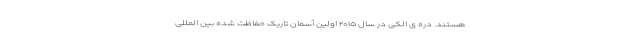
هستند. دره ی الکی در سال ۲۰۱۵ اولین آسمان تاریک حفاظت شده بین المللی